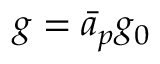
g = \bar { a } _ { p } g _ { 0 }